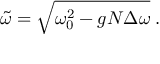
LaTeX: \tilde { \omega } = \sqrt { \omega _ { 0 } ^ { 2 } - g N \Delta \omega } \; .